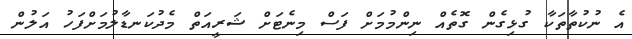
އެ ނުކުތާތަކާ ގުޅިގެން ގޮތެއް ނިންމުމަށް ފަސް މިނެޓަށް ޝަރީއަތް މެދުކަނޑާލުމަށްފަހު އަލުން